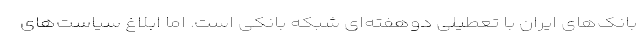
بانک‌های ایران با تعطیلی دوهفته‌ای شبکه بانکی است. اما ابلاغ سیاست‌های